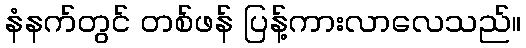
နံနက်တွင် တစ်ဖန် ပြန့်ကားလာလေသည်။